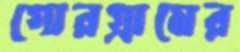
গোরগ্রামের